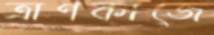
ত্রাণকাজে